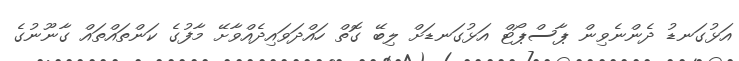
އަޅުގަނޑު ދެންނެވިން ޕާސްޕޯޓް އަޅުގަނޑަށް ލިބޭ ގޮތް ހައްދަވައިދެއްވާށޭ މާފުގެ ކަންތައްތައް ގާނޫނުގެ